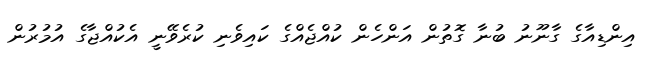
އިންޑިއާގެ ގާނޫނު ބުނާ ގޮތުން އަންހެން ކުއްޖެއްގެ ކައިވެނި ކުރެވޭނީ އެކުއްޖާގެ އުމުރުން